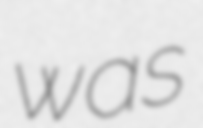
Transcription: was